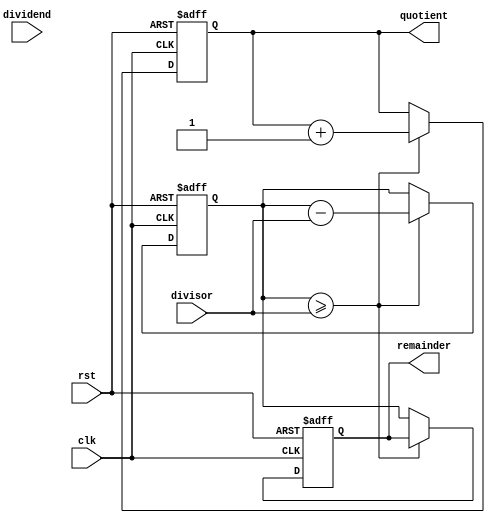
module CounterBasedDivider (
    input clk,
    input rst,
    input [7:0] dividend,
    input [7:0] divisor,
    output reg [7:0] quotient,
    output reg [7:0] remainder
);

reg [7:0] counter;

always @(posedge clk or posedge rst) begin
    if (rst) begin
        counter <= 8'd0;
        quotient <= 8'd0;
        remainder <= 8'd0;
    end else begin
        if (counter >= divisor) begin
            counter <= counter - divisor;
            quotient <= quotient + 1;
        end else begin
            remainder <= counter;
        end
    end
end

endmodule